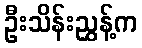
ဦးသိန်းညွှန့်က